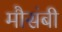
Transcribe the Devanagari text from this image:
मौसंबी